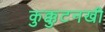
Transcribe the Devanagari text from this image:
कुक्कुटनखी